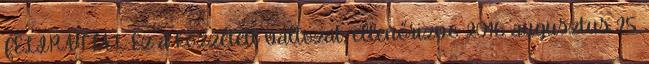
FELIRATTAL Ez a közzétett változat, ellenőrizve: 2016. augusztus 25.